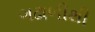
ગઢાળીથી